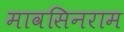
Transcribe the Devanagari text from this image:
मावसिनराम